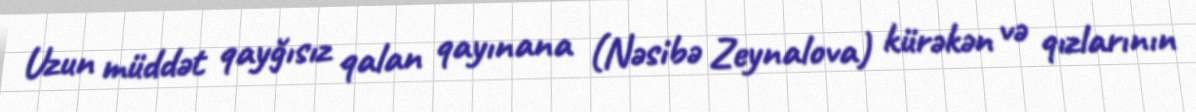
Uzun müddət qayğısız qalan qayınana (Nəsibə Zeynalova) kürəkən və qızlarının